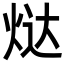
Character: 𬊉